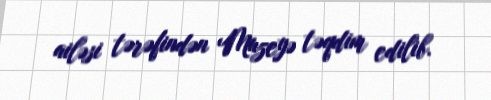
ailəsi tərəfindən Muzeyə təqdim edilib.